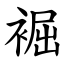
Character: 䘿